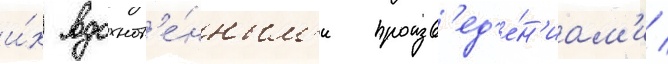
и́х вдохнов'е́нным'и произв'ед'е́н'иам'и /